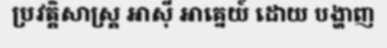
ប្រវត្តិសាស្ត្រ អាស៊ី អាគ្នេយ៍ ដោយ បង្ហាញ